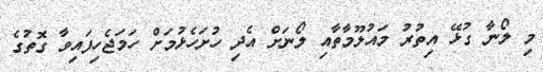
މި ލޯނާ ގުޅޭ އިތުރު މައުލޫމާތާއި ލޯނަށް އެދި ހުށަހެޅުމަށް ހަމަޖެހިފައިވާ ގޮތުގެ